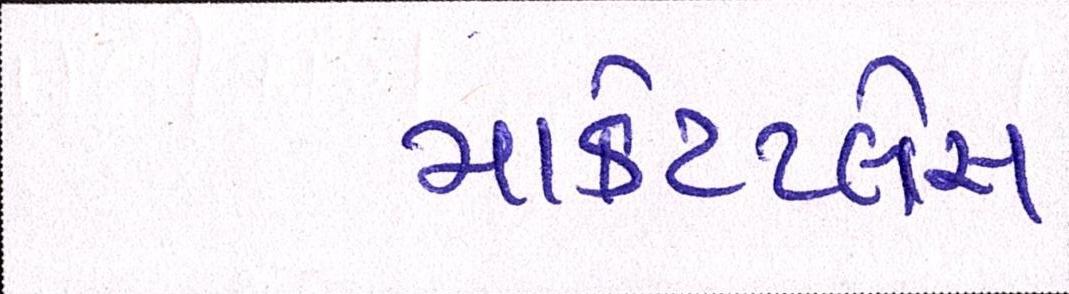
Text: માર્કેટપ્લેસ